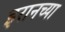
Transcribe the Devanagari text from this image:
इरानच्या